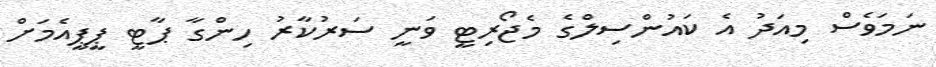
ނަމަވެސް މިއަދު އެ ކައުންސިލްގެ މެޖޯރިޓީ ވަނީ ސަރުކާރު ހިންގާ ޕާޓީ ޕީޕީއެމަށް